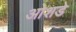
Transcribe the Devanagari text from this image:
ओशडे